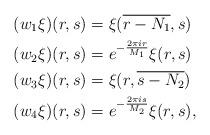
LaTeX: \begin{align*}&(w_{1}\xi)(r,s)=\xi(\overline{r-N_{1}},s)\\&(w_{2}\xi)(r,s)=e^{-\frac{2\pi ir}{M_{1}}}\xi(r,s)\\&(w_{3}\xi)(r,s)=\xi(r,\overline{s-N_{2}})\\&(w_{4}\xi)(r,s)=e^{-\frac{2\pi i s}{M_{2}}}\xi(r,s),\end{align*}